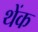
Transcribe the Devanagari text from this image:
थेंक